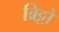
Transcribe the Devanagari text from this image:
ब्रिट्टो